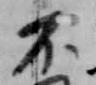
不